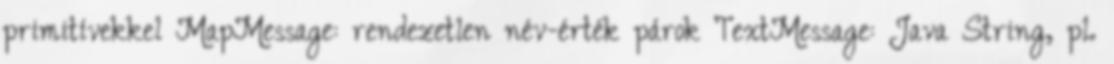
primitívekkel MapMessage: rendezetlen név-érték párok TextMessage: Java String, pl.